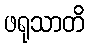
ဖရုသာတိ